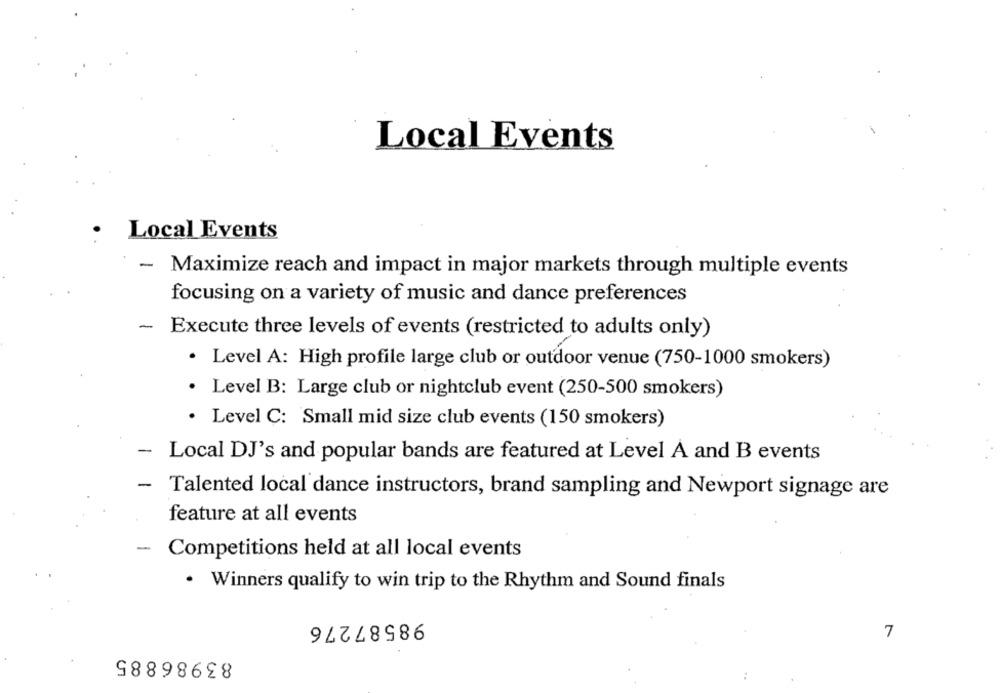
Local Events
.
Local Events
-
Maximize reach and impact in major markets through multiple events
focusing on a variety of music and dance preferences
- Execute three levels of events (restricted to adults only)
· Level A: High profile large club or outdoor venue (750-1000 smokers)
· Level B: Large club or nightclub event (250-500 smokers)
· Level C: Small mid size club events (150 smokers)
-
Local DJ's and popular bands are featured at Level A and B events
-
Talented local dance instructors, brand sampling and Newport signage are
feature at all events
-
Competitions held at all local events
· Winners qualify to win trip to the Rhythm and Sound finals
98587276
7
83986885